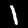
Label: 1